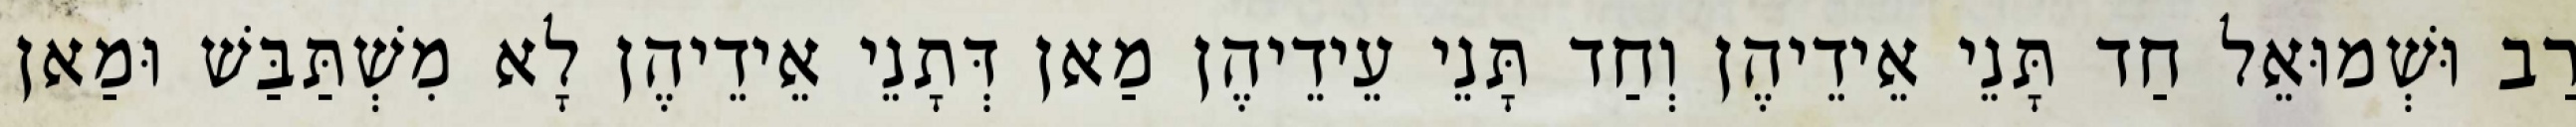
רַב וּשְׁמוּאֵל חַד תָּנֵי אֵידֵיהֶן וְחַד תָּנֵי עֵידֵיהֶן מַאן דְּתָנֵי אֵידֵיהֶן לָא מִשְׁתַּבַּשׁ וּמַאן